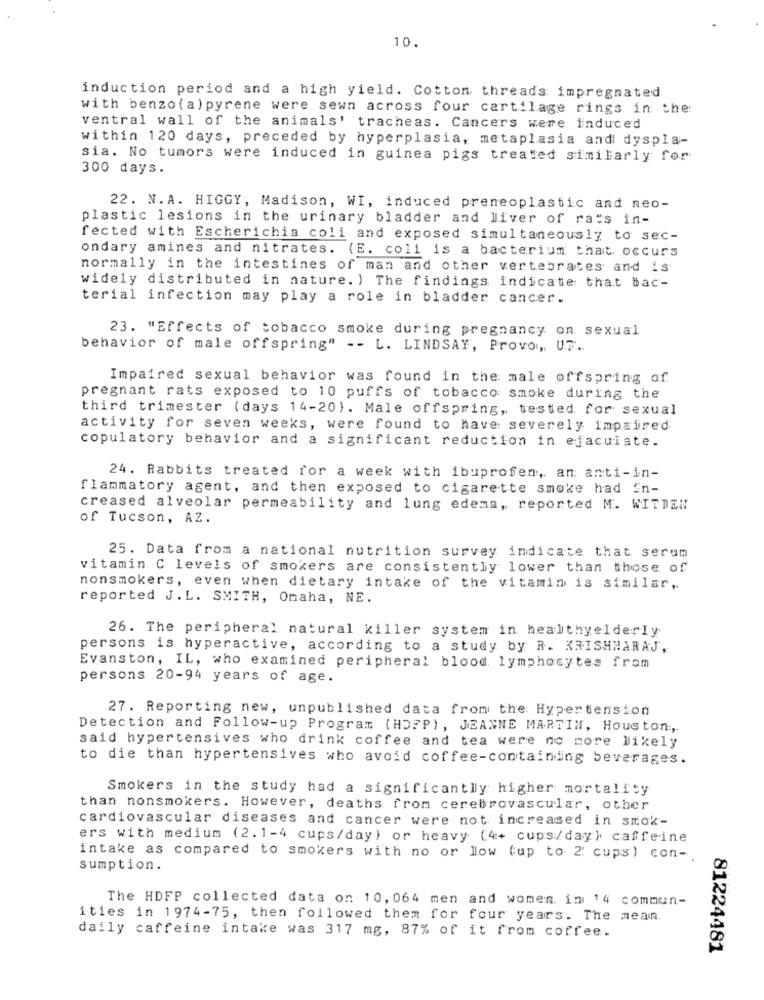
10.
induction period and a high yield. Cotton threads impregnated
with benzo(a) pyrene were sewn across four cartilage rings in: the:
ventral wall of the animals' tracheas. Cancers were induced
within 120 days, preceded by hyperplasia, metaplasia and dyspla-
sia. No tumors were induced in guinea pigs treated similarly for
300 days.
22. N. A. HIGGY, Madison, WI, induced preneoplastic and neo-
plastic lesions in the urinary bladder and liver of rats in-
fected with Escherichia coli and exposed simultaneously to sec-
ondary amines and nitrates. (E. coli is a bacterium that occurs
normally in the intestines of man and other vertebrates and is
widely distributed in nature. ) The findings indicate that bac-
terial infection may play a role in bladder cancer.
23. "Effects of tobacco smoke during pregnancy on sexual
behavior of male offspring" -- L. LINDSAY, Provo, UT ..
Impaired sexual behavior was found in the male offspring of
pregnant rats exposed to 10 puffs of tobacco smoke during the
third trimester (days 14-20). Male offspring, tested for sexual
activity for seven weeks, were found to have severely impaired
copulatory behavior and a significant reduction in ejaculate.
24. Rabbits treated for a week with ibuprofen, an anti-in-
flammatory agent, and then exposed to cigarette smoke had in-
creased alveolar permeability and lung edema, reported M. WITTEN
of Tucson, AZ.
25. Data from a national nutrition survey indicate that serum
vitamin C levels of smokers are consistently lower than those of
nonsmokers, even when dietary intake of the vitamin is similar,
reported J. L. SMITH, Omaha, NE.
26. The peripheral natural killer system in healthyelderly
persons is hyperactive, according to a study by R. KRISHNARAJ,
Evanston, IL, who examined peripheral blood lymphocytes from
persons 20-94 years of age.
27. Reporting new, unpublished data from the Hypertension
Detection and Follow-up Program (HDFP), JEANNE MARTIN, Houston,
said hypertensives who drink coffee and tea were no more likely
to die than hypertensives who avoid coffee-containding beverages.
Smokers in the study had a significantly higher mortality
than nonsmokers. However, deaths from cerebrovascular, other
cardiovascular diseases and cancer were not increased in smok-
ers with medium (2.1-4 cups/day) or heavy (4+ cups/day ) caffeine
intake as compared to smokers with no or low (up to 2: cups) con -.
sumption.
The HDFP collected data on 10, 064 men and women. in 14 commun-
ities in 1974-75, then followed them for four years. The mean
daily caffeine intake was 317 mg, 87% of it from coffee.
81224481